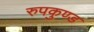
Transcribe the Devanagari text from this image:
रुपकुण्ड